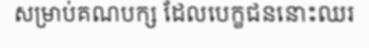
សម្រាប់គណបក្ស ដែលបេក្ខជននោះឈរ